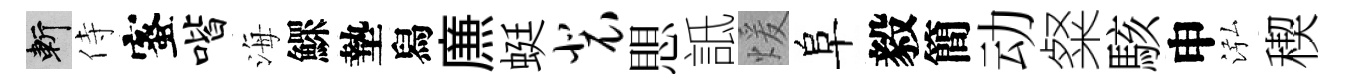
斬侍蜜喈海鰥墊舄㢘蜓裴愳詆煖阜毅簡动粲駭申泓稧